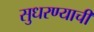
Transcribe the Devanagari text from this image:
सुधरण्याची